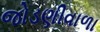
જોડણીવાળા